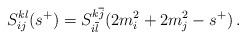
LaTeX: \begin{align*}S^{kl}_{ij}(s^{+})=S^{k\overline{j}}_{i\overline{l}}(2m_{i}^{2}+2m_{j}^{2}-s^{+})\, .\end{align*}